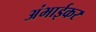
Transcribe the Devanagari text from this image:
अंभाईकर